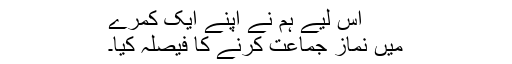
اس لیے ہم نے اپنے ایک کمرے
میں نماز جماعت کرنے کا فیصلہ کیا۔